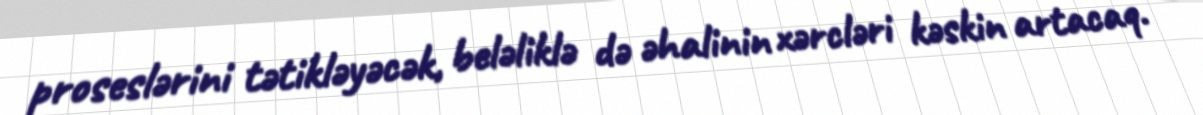
proseslərini tətikləyəcək, beləliklə də əhalinin xərcləri kəskin artacaq.